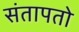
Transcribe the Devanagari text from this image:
संतापतो